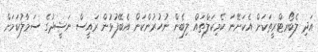
އަދި ލެބޯރޓްރީތަކަށް އެކަށޭނަ ކެމިކަލްތައް ލިބެން ނުހުރުންކަން އެބޭފުޅުން ރައީސް ނަޝީދުގެ ސަމާލުކަމަށް